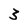
Character: 3